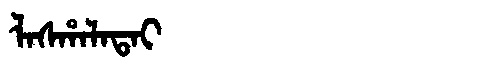
Manchu: ᠯᠠᠰᡥᠠᠯᠠᡨᠠᡳ
Romanization: LASHALATAI